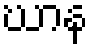
ဃာန